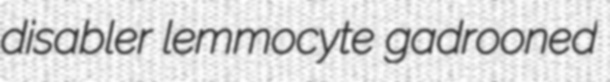
disabler lemmocyte gadrooned